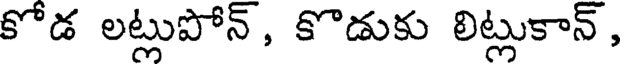
కోడ లట్లుపోన్, కొడుకు లిట్లుకాన్,